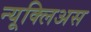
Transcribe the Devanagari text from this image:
न्यूक्लिअस